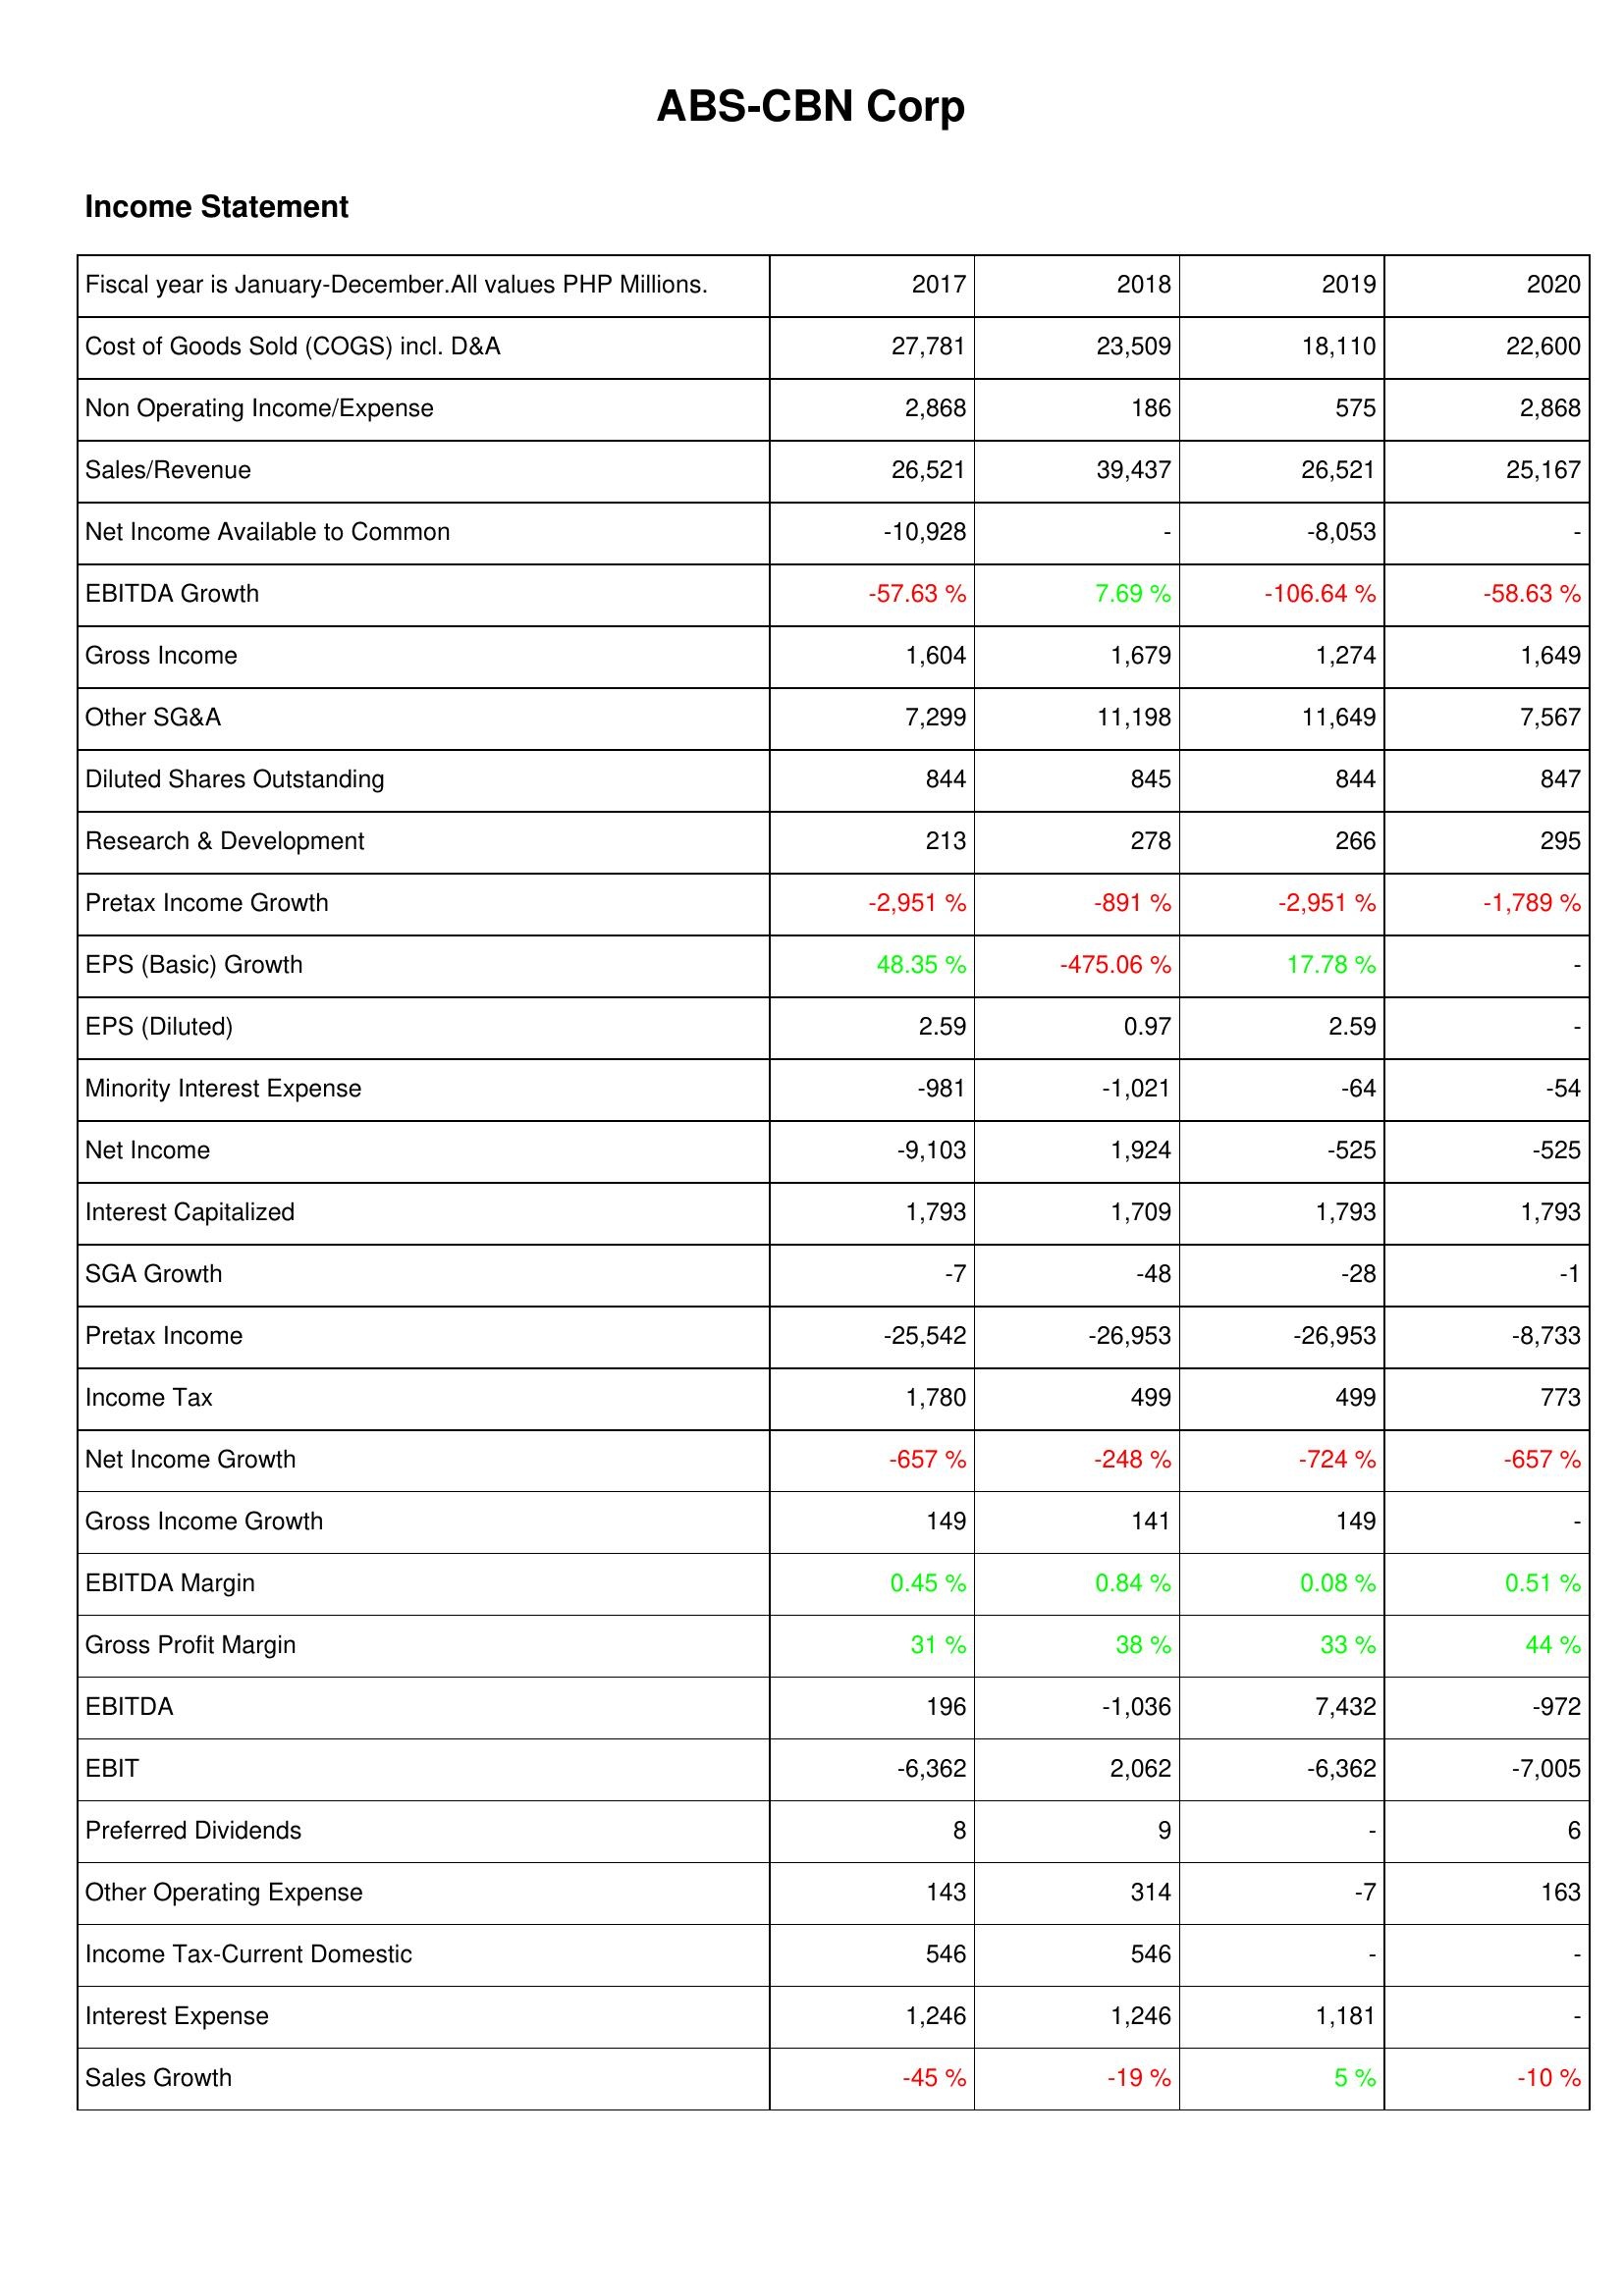
2017: Income Statement: Cost of Goods Sold (COGS) incl. D&A: 27,781
Non Operating Income/Expense: 2,868
Sales/Revenue: 26,521
Net Income Available to Common: -10,928
EBITDA Growth: -57.63 %
Gross Income: 1,604
Other SG&A: 7,299
Diluted Shares Outstanding: 844
Research & Development: 213
Pretax Income Growth: -2,951 %
EPS (Basic) Growth: 48.35 %
EPS (Diluted): 2.59
Minority Interest Expense: -981
Net Income: -9,103
Interest Capitalized: 1,793
SGA Growth: -7
Pretax Income: -25,542
Income Tax: 1,780
Net Income Growth: -657 %
Gross Income Growth: 149
EBITDA Margin: 0.45 %
Gross Profit Margin: 31 %
EBITDA: 196
EBIT: -6,362
Preferred Dividends: 8
Other Operating Expense: 143
Income Tax-Current Domestic: 546
Interest Expense: 1,246
Sales Growth: -45 %
2018: Income Statement: Cost of Goods Sold (COGS) incl. D&A: 23,509
Non Operating Income/Expense: 186
Sales/Revenue: 39,437
Net Income Available to Common: -
EBITDA Growth: 7.69 %
Gross Income: 1,679
Other SG&A: 11,198
Diluted Shares Outstanding: 845
Research & Development: 278
Pretax Income Growth: -891 %
EPS (Basic) Growth: -475.06 %
EPS (Diluted): 0.97
Minority Interest Expense: -1,021
Net Income: 1,924
Interest Capitalized: 1,709
SGA Growth: -48
Pretax Income: -26,953
Income Tax: 499
Net Income Growth: -248 %
Gross Income Growth: 141
EBITDA Margin: 0.84 %
Gross Profit Margin: 38 %
EBITDA: -1,036
EBIT: 2,062
Preferred Dividends: 9
Other Operating Expense: 314
Income Tax-Current Domestic: 546
Interest Expense: 1,246
Sales Growth: -19 %
2019: Income Statement: Cost of Goods Sold (COGS) incl. D&A: 18,110
Non Operating Income/Expense: 575
Sales/Revenue: 26,521
Net Income Available to Common: -8,053
EBITDA Growth: -106.64 %
Gross Income: 1,274
Other SG&A: 11,649
Diluted Shares Outstanding: 844
Research & Development: 266
Pretax Income Growth: -2,951 %
EPS (Basic) Growth: 17.78 %
EPS (Diluted): 2.59
Minority Interest Expense: -64
Net Income: -525
Interest Capitalized: 1,793
SGA Growth: -28
Pretax Income: -26,953
Income Tax: 499
Net Income Growth: -724 %
Gross Income Growth: 149
EBITDA Margin: 0.08 %
Gross Profit Margin: 33 %
EBITDA: 7,432
EBIT: -6,362
Preferred Dividends: -
Other Operating Expense: -7
Income Tax-Current Domestic: -
Interest Expense: 1,181
Sales Growth: 5 %
2020: Income Statement: Cost of Goods Sold (COGS) incl. D&A: 22,600
Non Operating Income/Expense: 2,868
Sales/Revenue: 25,167
Net Income Available to Common: -
EBITDA Growth: -58.63 %
Gross Income: 1,649
Other SG&A: 7,567
Diluted Shares Outstanding: 847
Research & Development: 295
Pretax Income Growth: -1,789 %
EPS (Basic) Growth: -
EPS (Diluted): -
Minority Interest Expense: -54
Net Income: -525
Interest Capitalized: 1,793
SGA Growth: -1
Pretax Income: -8,733
Income Tax: 773
Net Income Growth: -657 %
Gross Income Growth: -
EBITDA Margin: 0.51 %
Gross Profit Margin: 44 %
EBITDA: -972
EBIT: -7,005
Preferred Dividends: 6
Other Operating Expense: 163
Income Tax-Current Domestic: -
Interest Expense: -
Sales Growth: -10 %